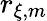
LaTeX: r_{\xi,m}